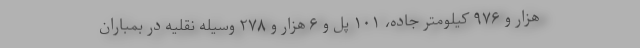
هزار و ۹۷۶ کیلومتر جاده، ۱۰۱ پل و ۶ هزار و ۲۷۸ وسیله نقلیه در بمباران